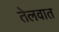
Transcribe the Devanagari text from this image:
तेलवात